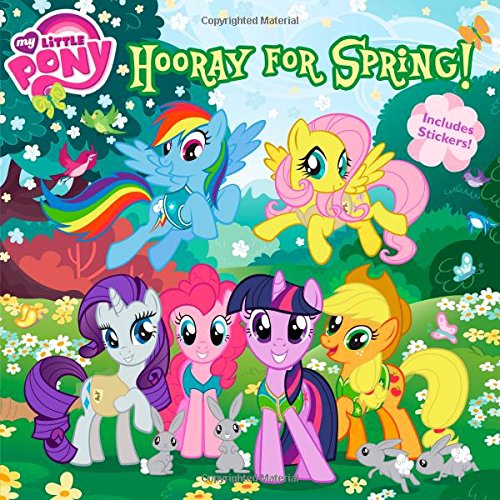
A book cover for My Little Pony:  Hooray for Spring! (My Little Pony (8x8)); Louise Alexander; Children's Books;